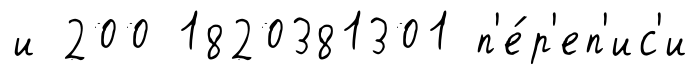
и 200 1820381301 п'е́р'еп'ис'и